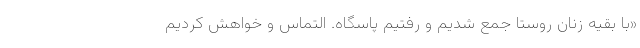
«با بقیه زنان روستا جمع شدیم و رفتیم پاسگاه. التماس و خواهش کردیم